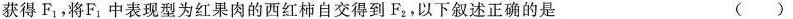
获得F_{1}，将F_{1}中表现型为红果肉的西红柿自交得到F_{2}，以下叙述正确的是 ( )